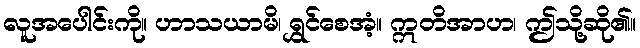
လူအပေါင်းကို။ ဟာသယာမိ၊ ရွှင်စေအံ့။ ဣတိအာဟ၊ ဤသို့ဆို၏။